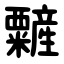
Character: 䊲